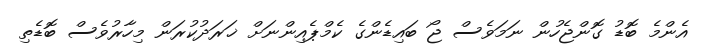
އެންމެ ބޮޑު ގޮންޖެހުން ނަމަވެސް ޖޯ ބައިޑެންގެ ކެމްޕެއިންނަށް ޚަރަދުކުރަން މިހާރުވެސް ބޮޑެތި